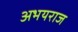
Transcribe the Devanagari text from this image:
अभयराज